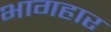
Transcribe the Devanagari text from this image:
भागहार